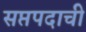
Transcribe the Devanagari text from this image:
सप्तपदाची